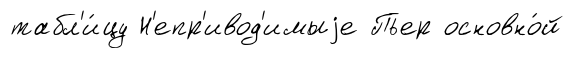
табл'и́цу Н'епр'ивод'имыjе Пьер основно́й